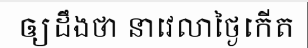
ឲ្យដឹងថា នាវេលាថ្ងៃកើត